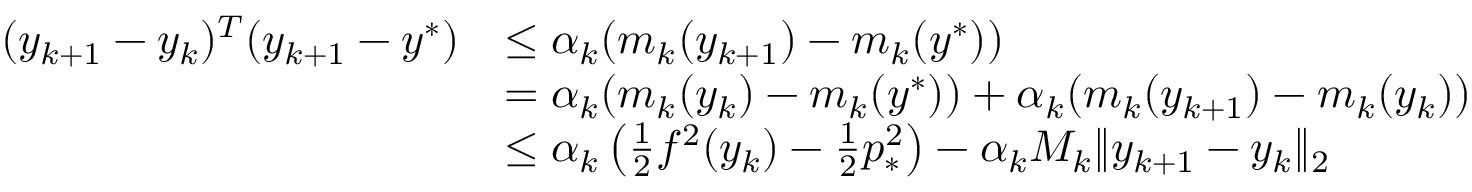
\begin{array} { r l } { ( y _ { k + 1 } - y _ { k } ) ^ { T } ( y _ { k + 1 } - y ^ { * } ) } & { \leq \alpha _ { k } ( m _ { k } ( y _ { k + 1 } ) - m _ { k } ( y ^ { * } ) ) } \\ & { = \alpha _ { k } ( m _ { k } ( y _ { k } ) - m _ { k } ( y ^ { * } ) ) + \alpha _ { k } ( m _ { k } ( y _ { k + 1 } ) - m _ { k } ( y _ { k } ) ) } \\ & { \leq \alpha _ { k } \left( \frac { 1 } { 2 } f ^ { 2 } ( y _ { k } ) - \frac { 1 } { 2 } p _ { * } ^ { 2 } \right) - \alpha _ { k } M _ { k } \| y _ { k + 1 } - y _ { k } \| _ { 2 } } \end{array}